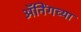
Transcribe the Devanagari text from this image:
ॲनिंगच्या